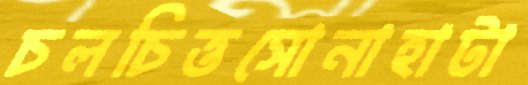
চলচিত্তসোনাহাটা